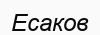
Есаков